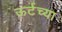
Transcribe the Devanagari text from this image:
ऊर्टच्या